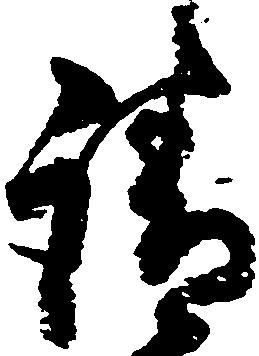
請